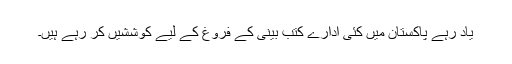
یاد رہے پاکستان میں کئی ادارے کتب بینی کے فروغ کے لیے کوششیں کر رہے ہیں۔